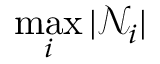
\operatorname* { m a x } _ { i } | \mathcal N _ { i } |